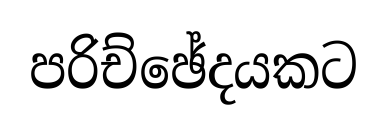
පරිච්ඡේදයකට